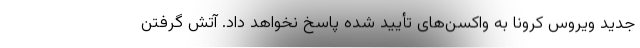
جدید ویروس کرونا به واکسن‌های تأیید شده پاسخ نخواهد داد. آتش گرفتن